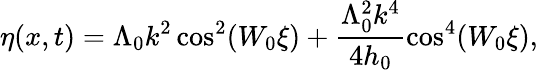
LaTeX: \eta(x,t)=\Lambda_{0}k^{2}\cos^{2}(W_{0}\xi)+\frac{\Lambda_{0}^{2}k^{4}}{4h_{0}}\cos^{4}(W_{0}\xi),